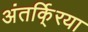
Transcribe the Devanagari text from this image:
अंतर्कि्रया